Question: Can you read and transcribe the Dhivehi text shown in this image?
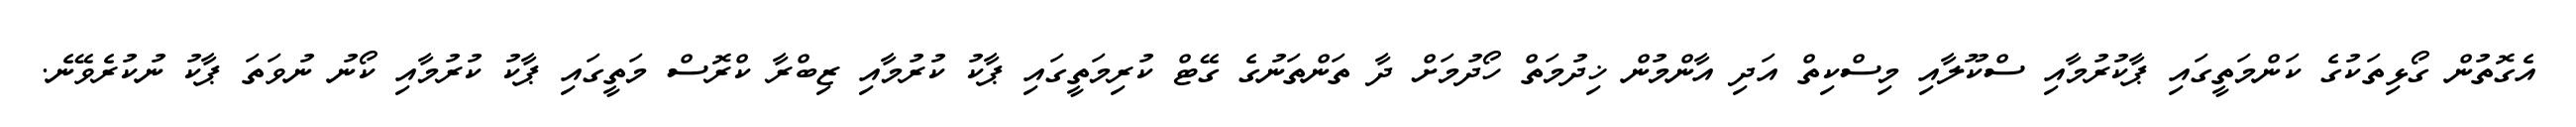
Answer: އެގޮތުން ގޯޅިތަކުގެ ކަންމަތީގައި ޕާކުރުމާއި ސްކޫލާއި މިސްކިތް އަދި އާންމުން ޚިދުމަތް ހޯދުމަށް ދާ ތަންތަނުގެ ގޭޓް ކުރިމަތީގައި ޕާކު ކުރުމާއި ޒިބްރާ ކްރޮސް މަތީގައި ޕާކު ކުރުމާއި ކޯނު ނުވަތަ ޕާކު ނުކުރެވޭނެ.